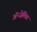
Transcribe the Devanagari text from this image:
ॲन्जेलिस